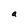
Character: a